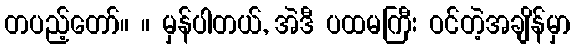
တပည့်တော်။ ။ မှန်ပါတယ်, အဲဒီ ပထမကြီး ဝင်တဲ့အချိန်မှာ